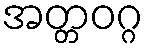
အတ္တဝဂ္ဂ